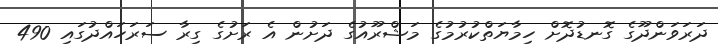
ދަރަވަންދޫގެ ގޮނޑުދޮށް ހިމާޔަތްކުރުމުގެ މަޝްރޫއުގެ ދަށުން އެ ރަށުގެ ގިރާ ސަރަހައްދުގައި 490